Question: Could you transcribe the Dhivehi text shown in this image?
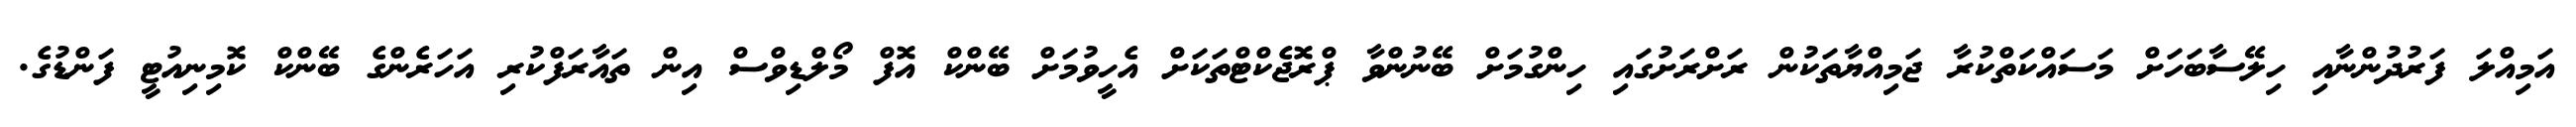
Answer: އަމިއްލަ ފަރުދުންނާއި ހިލޭސާބަހަށް މަސައްކަތްކުރާ ޖަމިއްޔާތަކުން ރަށްރަށުގައި ހިންގުމަށް ބޭނުންވާ ޕްރޮޖެކްޓްތަކަށް އެހީވުމަށް ބޭންކް އޮފް މޯލްޑިވްސް އިން ތައާރަފްކުރި އަހަރެންގެ ބޭންކް ކޮމިނިއުޓީ ފަންޑުގެ.